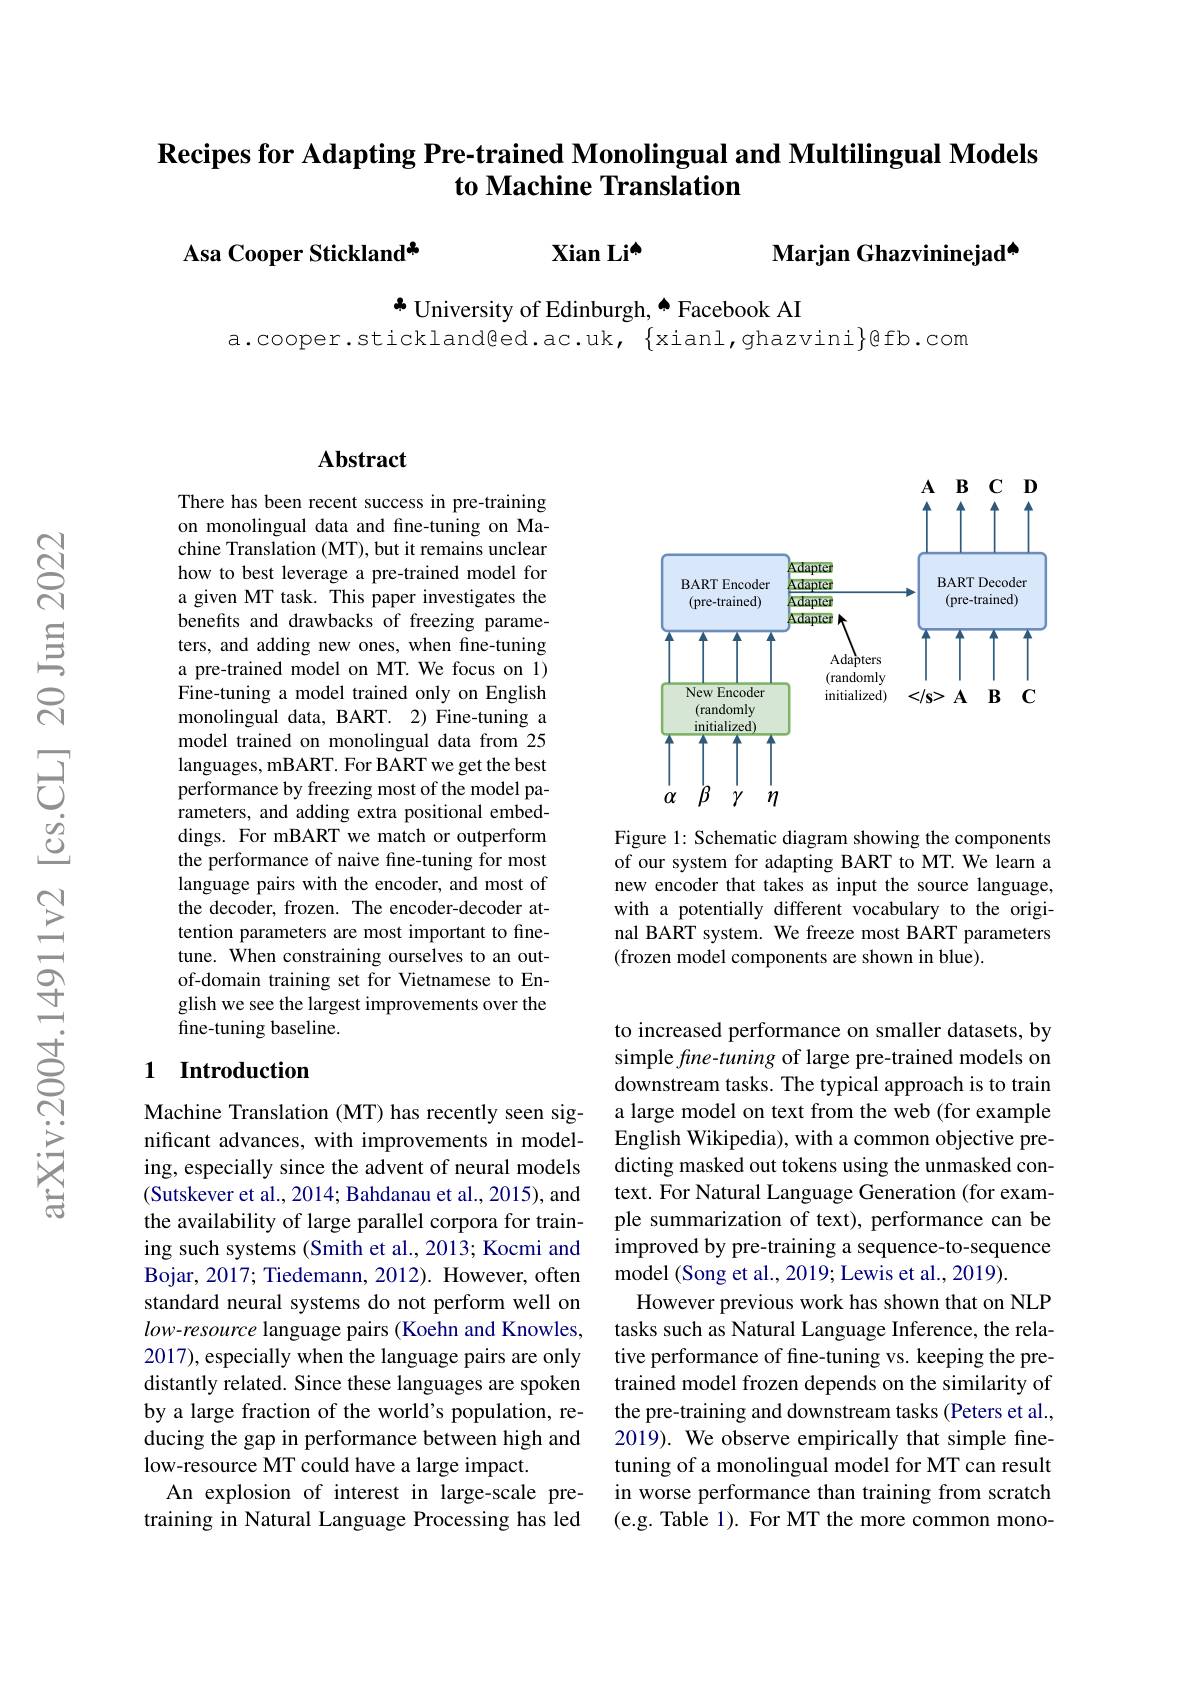
## $\textbf{Recipes for Adapting Pre- trained Monolingual and Multilingual Models}$ to Machine Translation

Asa Cooper Stickland* Xian Li$^{\mathrm{o}}$

Marjan Ghazvininejad[INDEX]

$\clubsuit$ University of Edinburgh, $\spadesuit$ Facebook AI
$a.cooper.stickland@ed.ac.uk,\{xianl,ghazvini\}@fb.com$

### $\mathbf{Abstract}$

There has been recent success in pre-training on monolingual data and fine-tuning on Machine Translation (MT), but it remains unclear how to best leverage a pre-trained model for a given MT task. This paper investigates the benefits and drawbacks of freezing parameters, and adding new ones, when fine-tuning a pre-trained model on MT. We focus on 1) Fine-tuning a model trained only on English monolingual data, BART. 2) Fine-tuning a model trained on monolingual data from 25 languages, mBART. For BART we get the best performance by freezing most of the model parameters, and adding extra positional embeddings. For mBART we match or outperform the performance of naive fine-tuning for most language pairs with the encoder, and most of the decoder, frozen. The encoder-decoder attention parameters are most important to finetune. When constraining ourselves to an outof-domain training set for Vietnamese to English we see the largest improvements over the fine-tuning baseline.

### 1 Introduction

Machine Translation (MT) has recently seen significant advances, with improvements in modeling, especially since the advent of neural models (Sutskever et al., 2014; Bahdanau et al., 2015), and the availability of large parallel corpora for training such systems (Smith et al., 2013; Kocmi and Bojar, 2017; Tiedemann, 2012) . However, often standard neural systems do not perform well on low-resource language pairs (Koehn and Knowles, 2017), especially when the language pairs are only distantly related. Since these languages are spoken by a large fraction of the world's population, reducing the gap in performance between high and low-resource MT could have a large impact.
An explosion of interest in large-scale pretraining in Natural Language Processing has led

<FigureHere>

Figure 1: Schematic diagram showing the components of our system for adapting BART to MT. We learn a new encoder that takes as input the source language, with a potentially different vocabulary to the original BART system. We freeze most BART parameters (frozen model components are shown in blue).

to increased performance on smaller datasets, by simple fine-tuning of large pre-trained models on downstream tasks. The typical approach is to train a large model on text from the web (for example English Wikipedia), with a common objective predicting masked out tokens using the unmasked context. For Natural Language Generation (for example summarization of text), performance can be improved by pre-training a sequence-to-sequence model (Song et al., 2019; Lewis et al., 2019).
However previous work has shown that on NLP tasks such as Natural Language Inference, the relative performance of fine-tuning vs. keeping the pretrained model frozen depends on the similarity of the pre-training and downstream tasks (Peters et al., 2019). We observe empirically that simple finetuning of a monolingual model for MT can result in worse performance than training from scratch (e.g. Table 1). For MT the more common mono-